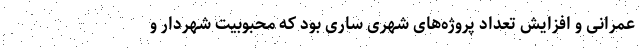
عمرانی و افزایش تعداد پروژه‌های شهری ساری بود که محبوبیت شهردار و